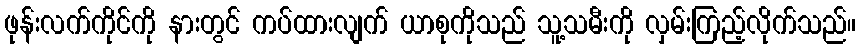
ဖုန်းလက်ကိုင်ကို နားတွင် ကပ်ထားလျက် ယာစုကိုသည် သူ့သမီးကို လှမ်းကြည့်လိုက်သည်။